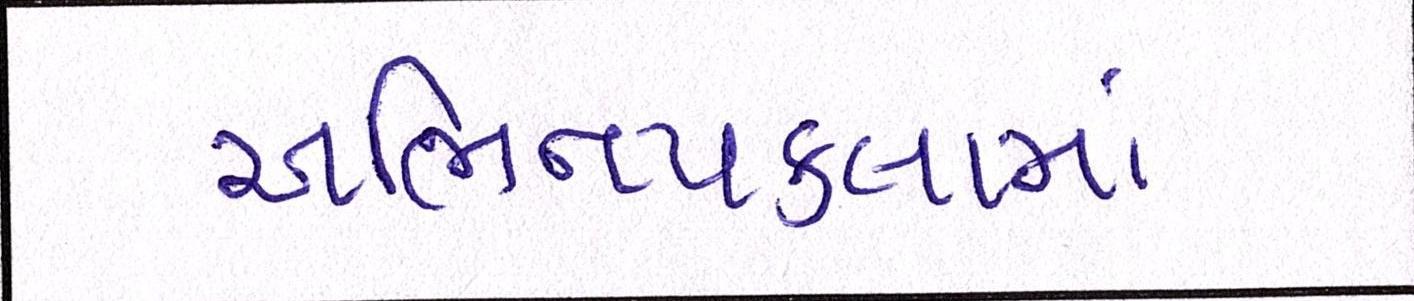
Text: અભિનયકલામાં